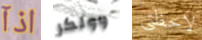
اذآ وولكر لاحظتي